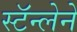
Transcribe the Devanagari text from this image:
स्टॅन्लेने